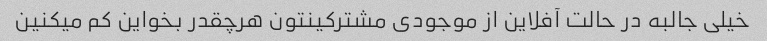
خیلی جالبه در حالت آفلاین از موجودی مشترکینتون هرچقدر بخواین کم میکنین